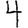
Digit: 4